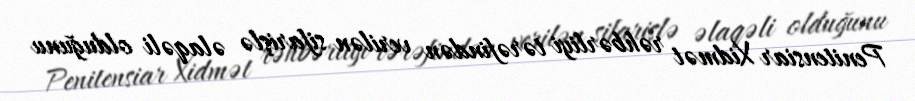
Penitensiar Xidmət rəhbərliyi tərəfindən verilən sifarişlə əlaqəli olduğunu